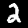
Label: 2